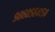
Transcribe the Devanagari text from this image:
९८६०५६४१५४